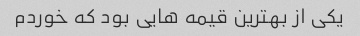
یکی از بهترین قیمه هایی بود که خوردم